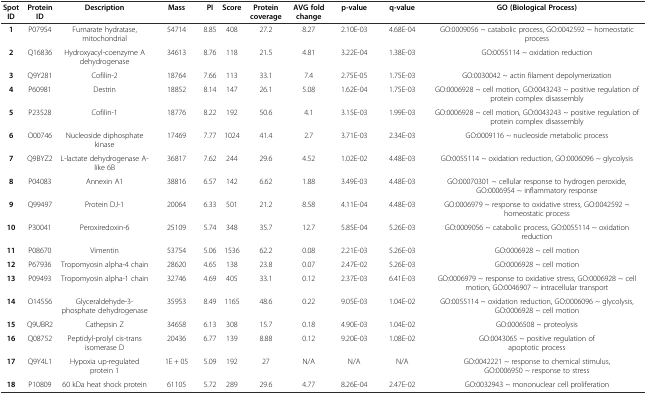
<table><thead><tr><td><b>Spot ID</b></td><td><b>Protein ID</b></td><td><b>Description</b></td><td><b>Mass</b></td><td><b>PI</b></td><td><b>Score</b></td><td><b>Protein coverage</b></td><td><b>AVG fold change</b></td><td><b>p-value</b></td><td><b>q-value</b></td><td><b>GO (Biological Process)</b></td></tr></thead><tbody><tr><td><b>1</b></td><td>P07954</td><td>Fumarate hydratase, mitochondrial</td><td>54714</td><td>8.85</td><td>408</td><td>27.2</td><td>8.27</td><td>2.10E-03</td><td>4.68E-04</td><td>GO:0009056 ~ catabolic process, GO:0042592 ~ homeostatic process</td></tr><tr><td><b>2</b></td><td>Q16836</td><td>Hydroxyacyl-coenzyme A dehydrogenase</td><td>34613</td><td>8.76</td><td>118</td><td>21.5</td><td>4.81</td><td>3.22E-04</td><td>1.38E-03</td><td>GO:0055114 ~ oxidation reduction</td></tr><tr><td><b>3</b></td><td>Q9Y281</td><td>Cofilin-2</td><td>18764</td><td>7.66</td><td>113</td><td>33.1</td><td>7.4</td><td>2.75E-05</td><td>1.75E-03</td><td>GO:0030042 ~ actin filament depolymerization</td></tr><tr><td><b>4</b></td><td>P60981</td><td>Destrin</td><td>18852</td><td>8.14</td><td>147</td><td>26.1</td><td>5.08</td><td>1.62E-04</td><td>1.75E-03</td><td>GO:0006928 ~ cell motion, GO:0043243 ~ positive regulation of protein complex disassembly</td></tr><tr><td><b>5</b></td><td>P23528</td><td>Cofilin-1</td><td>18776</td><td>8.22</td><td>192</td><td>50.6</td><td>4.1</td><td>3.15E-03</td><td>1.99E-03</td><td>GO:0006928 ~ cell motion, GO:0043243 ~ positive regulation of protein complex disassembly</td></tr><tr><td><b>6</b></td><td>O00746</td><td>Nucleoside diphosphate kinase</td><td>17469</td><td>7.77</td><td>1024</td><td>41.4</td><td>2.7</td><td>3.71E-03</td><td>2.34E-03</td><td>GO:0009116 ~ nucleoside metabolic process</td></tr><tr><td><b>7</b></td><td>Q9BYZ2</td><td>L-lactate dehydrogenase A-like 6B</td><td>36817</td><td>7.62</td><td>244</td><td>29.6</td><td>4.52</td><td>1.02E-02</td><td>4.48E-03</td><td>GO:0055114 ~ oxidation reduction, GO:0006096 ~ glycolysis</td></tr><tr><td><b>8</b></td><td>P04083</td><td>Annexin A1</td><td>38816</td><td>6.57</td><td>142</td><td>6.62</td><td>1.88</td><td>3.49E-03</td><td>4.48E-03</td><td>GO:00070301 ~ cellular response to hydrogen peroxide, GO:0006954 ~ inflammatory response</td></tr><tr><td><b>9</b></td><td>Q99497</td><td>Protein DJ-1</td><td>20064</td><td>6.33</td><td>501</td><td>21.2</td><td>8.58</td><td>4.11E-04</td><td>4.48E-03</td><td>GO:0006979 ~ response to oxidative stress, GO:0042592 ~ homeostatic process</td></tr><tr><td><b>10</b></td><td>P30041</td><td>Peroxiredoxin-6</td><td>25109</td><td>5.74</td><td>348</td><td>35.7</td><td>12.7</td><td>5.85E-04</td><td>5.26E-03</td><td>GO:0009056 ~ catabolic process, GO:0055114 ~ oxidation reduction</td></tr><tr><td><b>11</b></td><td>P08670</td><td>Vimentin</td><td>53754</td><td>5.06</td><td>1536</td><td>62.2</td><td>0.08</td><td>2.21E-03</td><td>5.26E-03</td><td>GO:0006928 ~ cell motion</td></tr><tr><td><b>12</b></td><td>P67936</td><td>Tropomyosin alpha-4 chain</td><td>28620</td><td>4.65</td><td>138</td><td>23.8</td><td>0.07</td><td>2.47E-02</td><td>5.26E-03</td><td>GO:0006928 ~ cell motion</td></tr><tr><td><b>13</b></td><td>P09493</td><td>Tropomyosin alpha-1 chain</td><td>32746</td><td>4.69</td><td>405</td><td>33.1</td><td>0.12</td><td>2.37E-03</td><td>6.41E-03</td><td>GO:0006979 ~ response to oxidative stress, GO:0006928 ~ cell motion, GO:0046907 ~ intracellular transport</td></tr><tr><td><b>14</b></td><td>O14556</td><td>Glyceraldehyde-3-phosphate dehydrogenase</td><td>35953</td><td>8.49</td><td>1165</td><td>48.6</td><td>0.22</td><td>9.05E-03</td><td>1.04E-02</td><td>GO:0055114 ~ oxidation reduction, GO:0006096 ~ glycolysis, GO:0006928 ~ cell motion</td></tr><tr><td><b>15</b></td><td>Q9UBR2</td><td>Cathepsin Z</td><td>34658</td><td>6.13</td><td>308</td><td>15.7</td><td>0.18</td><td>4.90E-03</td><td>1.04E-02</td><td>GO:0006508 ~ proteolysis</td></tr><tr><td><b>16</b></td><td>Q08752</td><td>Peptidyl-prolyl cis-trans isomerase D</td><td>20436</td><td>6.77</td><td>139</td><td>8.88</td><td>0.12</td><td>9.20E-03</td><td>1.08E-02</td><td>GO:0043065 ~ positive regulation of apoptotic process</td></tr><tr><td><b>17</b></td><td>Q9Y4L1</td><td>Hypoxia up-regulated protein 1</td><td>1E + 05</td><td>5.09</td><td>192</td><td>27</td><td>N/A</td><td>N/A</td><td>N/A</td><td>GO:0042221 ~ response to chemical stimulus, GO:0006950 ~ response to stress</td></tr><tr><td><b>18</b></td><td>P10809</td><td>60 kDa heat shock protein</td><td>61105</td><td>5.72</td><td>289</td><td>29.6</td><td>4.77</td><td>8.26E-04</td><td>2.47E-02</td><td>GO:0032943 ~ mononuclear cell proliferation</td></tr></tbody></table>